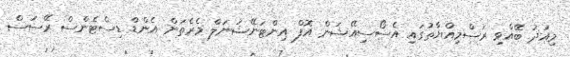
މިއަދު ބޭއްވި ރަސްމިއްޔާތުގައި އެސޯސިއޭޝަން އޮފް އިންޓަނޭޝަނަލް މެރެތަން އެންޑް ޑިސްޓެންސް ރޭސަސް